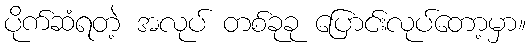
ပိုက်ဆံရတဲ့ အလုပ် တစ်ခုခု ပြောင်းလုပ်တော့မှာ။